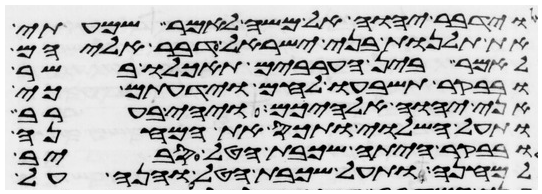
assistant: וידבר יהוה אל משה לאמר שמעתי
את תלנות בני ישראל דבר אליהם
לאמר בין הערבים תאכלו בשר
ובבקר תשבעו לחם וידעתם כי
אני יהוה אלהיכם ויהי בערב
ותעל השלוי ותכס את המחנה
ובבקר היתה שכבת הטל סביב
למחנה ותעל שכבת הטל והנה על